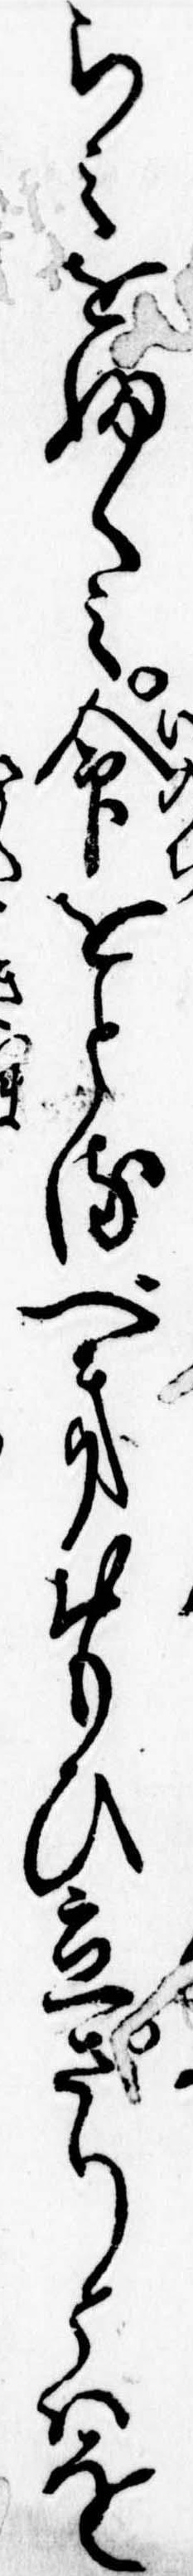
らみをふくみ命をとるべきおもひ立さりとはを